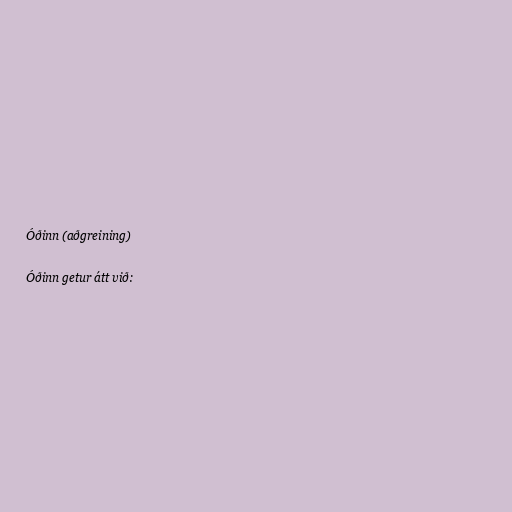
Óðinn (aðgreining)

Óðinn getur átt við: